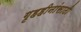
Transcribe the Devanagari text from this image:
गृहहीनांसाठी